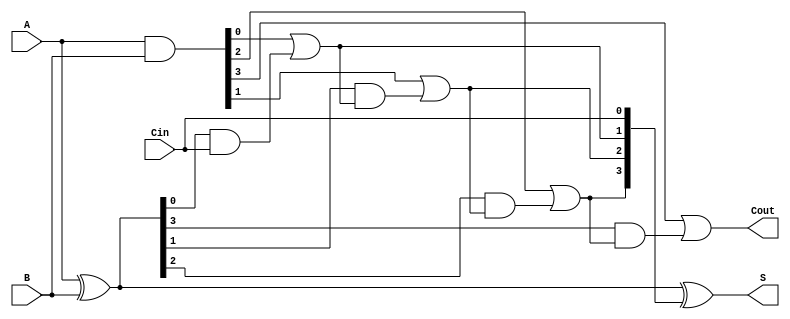
module ling_adder #(parameter n = 4) (
    input  [n-1:0] A,      // First operand
    input  [n-1:0] B,      // Second operand
    input         Cin,      // Carry-in
    output [n-1:0] S,      // Sum output
    output        Cout      // Carry-out
);

// Generate and propagate signals
wire [n-1:0] G;  // Generate
wire [n-1:0] P;  // Propagate
wire [n:0] C;    // Carry signals (C[0] is Cin, C[n] is Cout)

// Generate and propagate calculations
assign G = A & B;             // G[i] = A[i] * B[i]
assign P = A ^ B;             // P[i] = A[i] ^ B[i]

// Carry calculations
assign C[0] = Cin;            // C0 is the input carry
genvar i;
generate
    for (i = 0; i < n; i = i + 1) begin : carry_calc
        if (i == 0) begin
            assign C[i + 1] = G[i] | (P[i] & C[i]); // C1 = G0 + P0 * C0
        end else begin
            assign C[i + 1] = G[i] | (P[i] & C[i]); // Ci+1 = Gi + Pi * Ci
        end
    end
endgenerate

// Sum calculations
assign S = A ^ B ^ C[n-1:0]; // S[i] = A[i] ^ B[i] ^ C[i]

// Carry-out is the last calculated carry
assign Cout = C[n];

// Synthesis directives for simulation (optional)
initial begin
    $monitor("A=%b, B=%b, Cin=%b | S=%b, Cout=%b", A, B, Cin, S, Cout);
end

endmodule